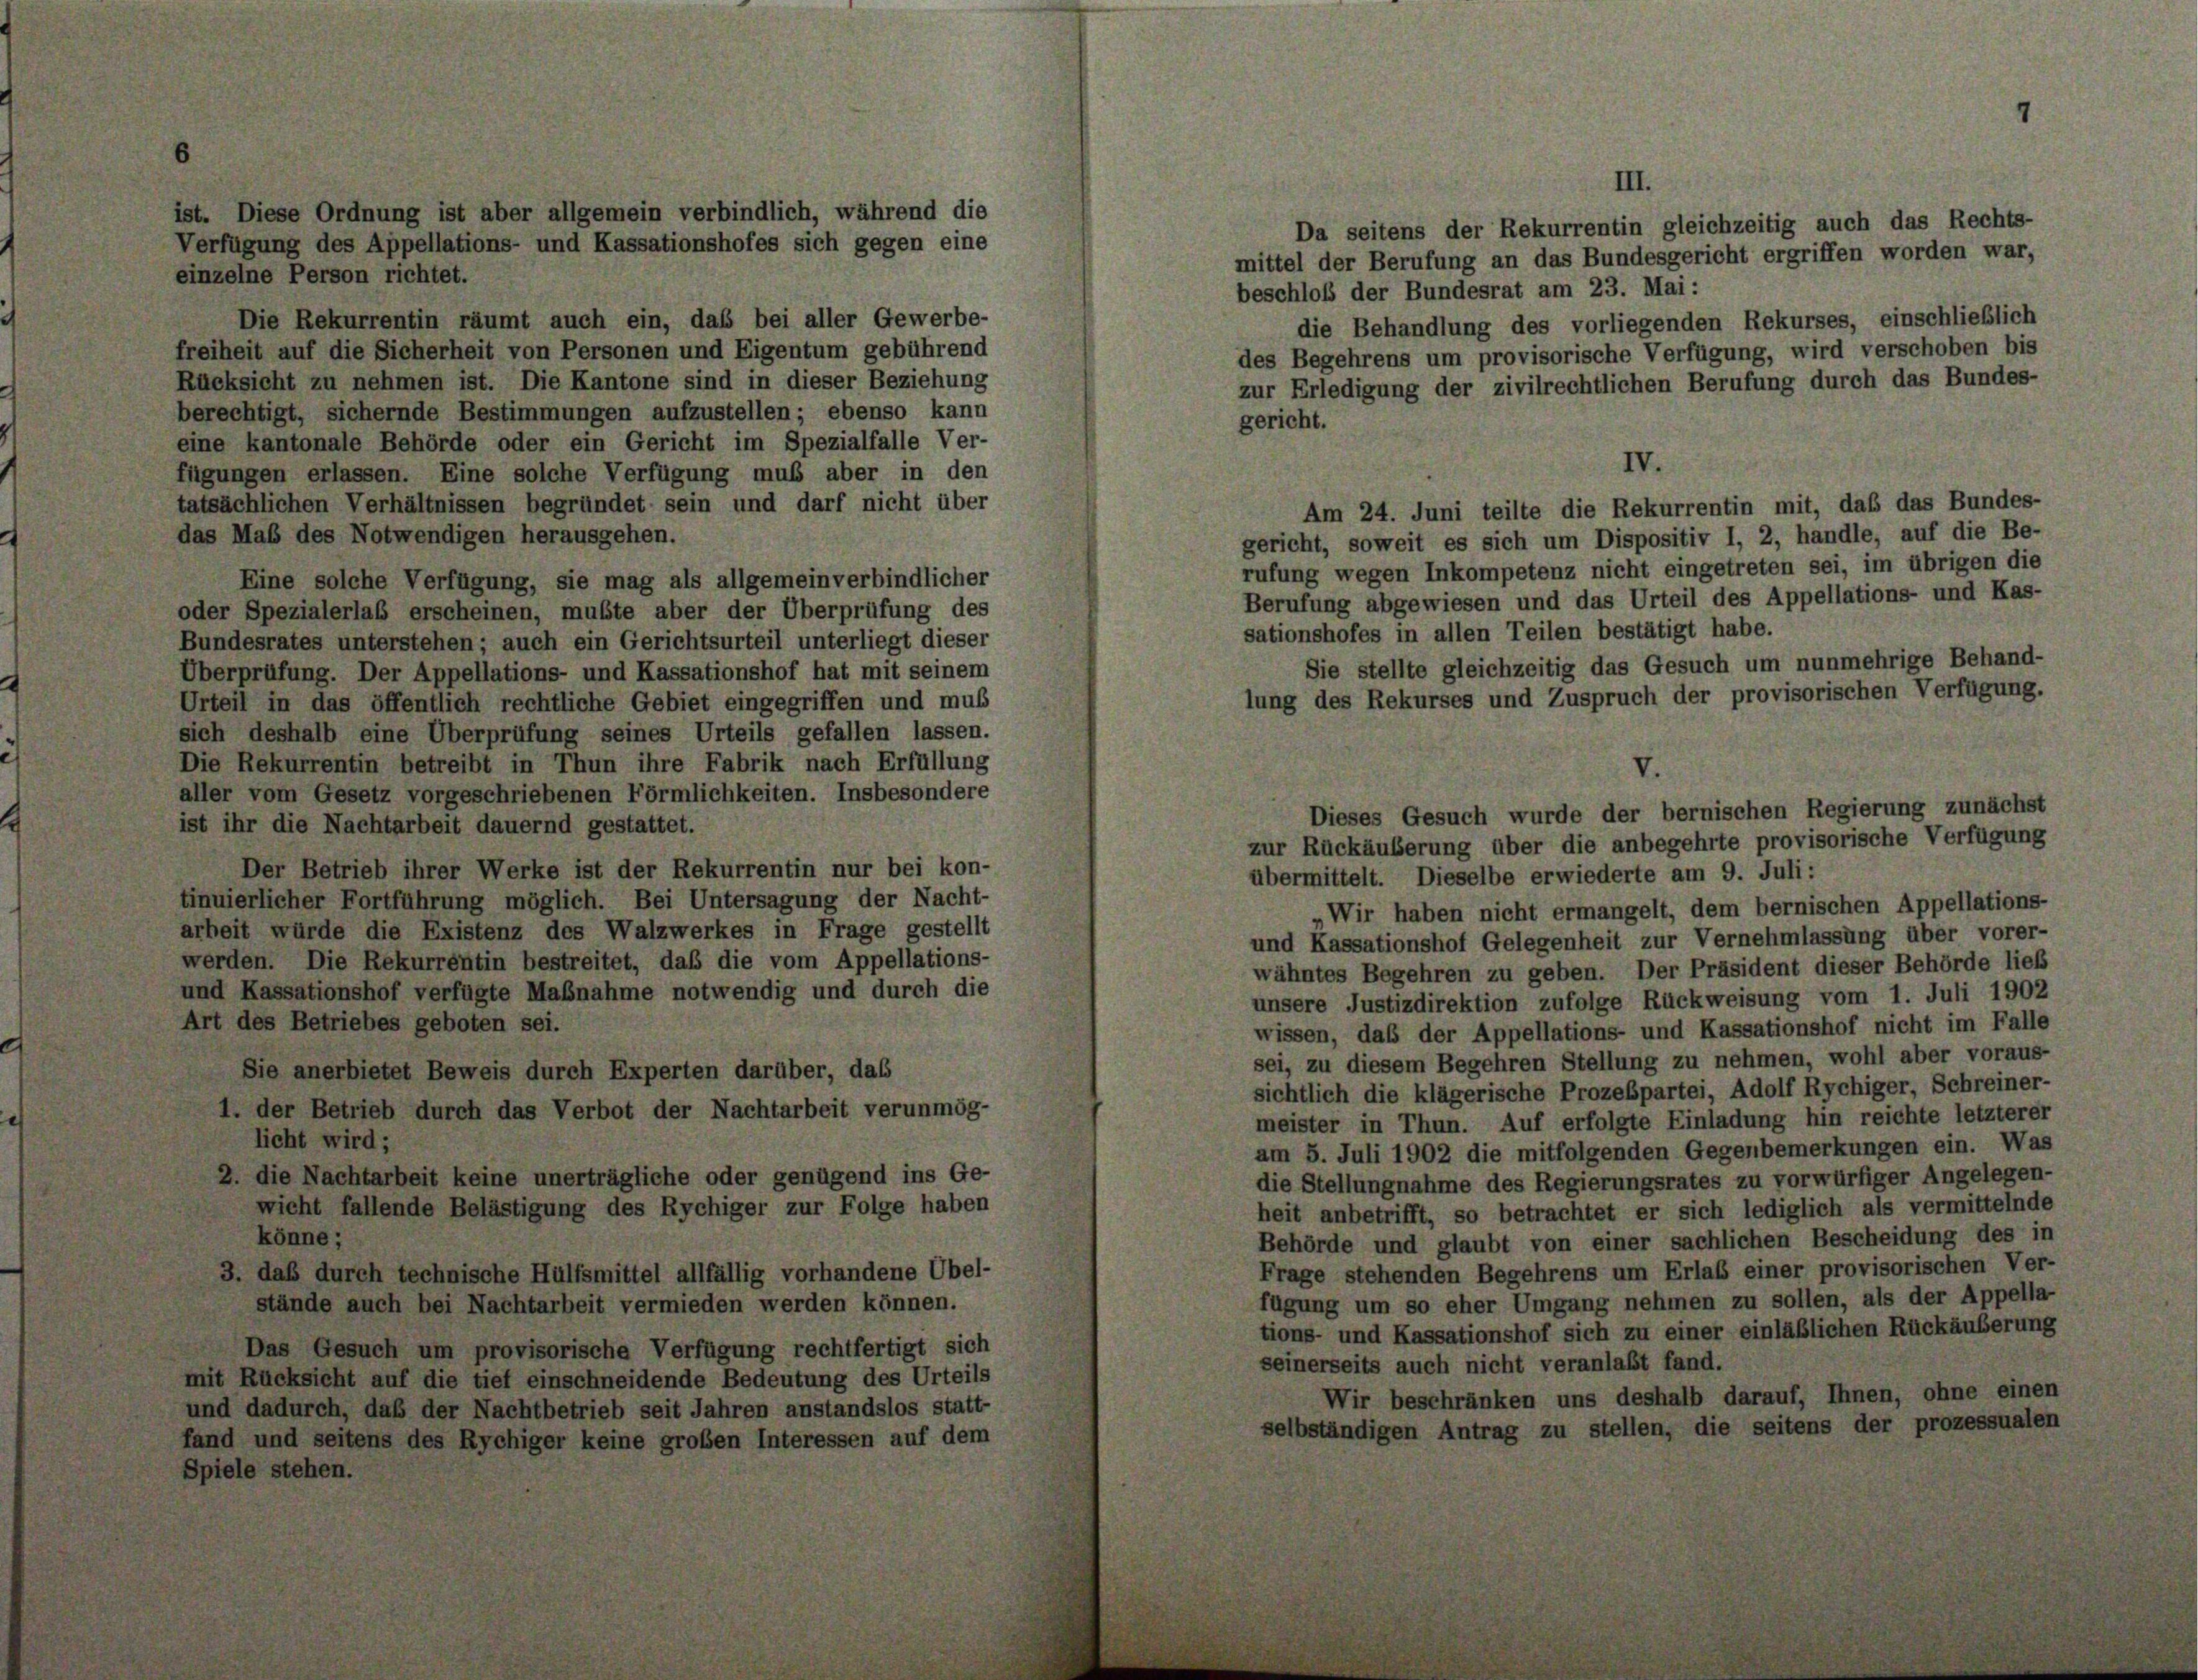
Da seitens der Rekurrentin gleichzeitig auch das Rechts-
mittel der Berufung an das Bundesgericht ergriffen worden war,
einzelne Person richtet.
beschloß der Bundesrat am 23. Mai:
Die Rekurrentin räumt auch ein, daß bei aller Gewerbe-
die Behandlung des vorliegenden Rekurses, einschließlich
freiheit auf die Sicherheit von Personen und Eigentum gebührend
des Begehrens um provisorische Verfügung, wird verschoben bis
Rücksicht zu nehmen ist. Die Kantone sind in dieser Beziehung
zur Erledigung der zivilrechtlichen Berufung durch das Bundes-
berechtigt, sichernde Bestimmungen aufzustellen; ebenso kann
gericht.
eine kantonale Behörde oder ein Gericht im Spezialfalle Ver-
IV.
fügungen erlassen. Eine solche Verfügung muß aber in den
tatsächlichen Verhältnissen begründet sein und darf nicht über
Am 24. Juni teilte die Rekurrentin mit, daß das Bundes-
das Mab des Notwendigen herausgehen.
gericht, soweit es sich um Dispositiv I, 2, handle, auf die Be-
rufung wegen Inkompetenz nicht eingetreten sei, im übrigen die
Eine solche Verfügung, sie mag als allgemeinverbindlicher
Berufung abgewiesen und das Urteil des Appellations- und Kas-
oder Spezialerlaß erscheinen, mußte aber der Überprüfung des
sationshofes in allen Teilen bestätigt habe.
Bundesrates unterstehen; auch ein Gerichtsurteil unterliegt dieser
Sie stellte gleichzeitig das Gesuch um nunmehrige Behand-
Überprüfung. Der Appellations- und Kassationshof hat mit seinem
lung des Rekurses und Zuspruch der provisorischen Verfügung.
Urteil in das öffentlich rechtliche Gebiet eingegriffen und mus
sich deshalb eine Überprüfung seines Urteils gefallen lassen.
Die Rekurrentin betreibt in Thun ihre Fabrik nach Erfüllung
aller vom Gesetz vorgeschriebenen Förmlichkeiten. Insbesondere
Dieses Gesuch wurde der bernischen Regierung zunächst
ist ihr die Nachtarbeit dauernd gestattet.
zur Rückäuberung über die anbegehrte provisorische Verfügung
Der Betrieb ihrer Werke ist der Rekurrentin nur bei kon-
übermittelt. Dieselbe erwiederte am 9. Juli:
tinuierlicher Fortführung möglich. Bei Untersagung der Nacht-
Wir haben nicht ermangelt, dem bernischen Appellations-
arbeit würde die Existenz des Walzwerkes in Frage gestellt
und Kassationshof Gelegenheit zur Vernehmlassung über vorer-
werden. Die Rekurrentin bestreitet, daß die vom Appellations-
wähntes Begehren zu geben. Der Präsident dieser Behörde ließ
und Kassationshof verfügte Maßnahme notwendig und durch die
unsere Justizdirektion zufolge Rückweisung vom 1. Juli 1902
Art des Betriebes geboten sei.
wissen, daß der Appellations- und Kassationshof nicht im Falle
sei, zu diesem Begehren Stellung zu nehmen, wohl aber voraus-
Sie anerbietet Beweis durch Experten darüber, das
sichtlich die klägerische Prozespartei, Adolf Rychiger, Schreiner-
1. der Betrieb durch das Verbot der Nachtarbeit verunmög-
meister in Thun. Auf erfolgte Einladung hin reichte letzterer
licht wird;
am 5. Juli 1902 die mitfolgenden Gegenbemerkungen ein. Was
2. die Nachtarbeit keine unerträgliche oder genügend ins Ge-
die Stellungnahme des Regierungsrates zu vorwürfiger Angelegen-
wicht fallende Belästigung des Rychiger zur Folge haben
heit anbetrifft, so betrachtet er sich lediglich als vermittelnde
könne;
Behörde und glaubt von einer sachlichen Bescheidung des in
Frage stehenden Begehrens um Erlaß einer provisorischen Ver-
3. daß durch technische Hülfsmittel allfällig vorhandene Übel-
fügung um so eher Umgang nehmen zu sollen, als der Appella-
stände auch bei Nachtarbeit vermieden werden können.
tions- und Kassationshof sich zu einer einläßlichen Rückäuberung
Das Gesuch um provisorische Verfügung rechtfertigt sich
seinerseits auch nicht veranlaßt fand.
mit Rücksicht auf die tief einschneidende Bedeutung des Urteils
Wir beschränken uns deshalb darauf, Ihnen, ohne einen
und dadurch, daß der Nachtbetrieb seit Jahren anstandslos statt-
selbständigen Antrag zu stellen, die seitens der prozessualen
fand und seitens des Rychiger keine großen Interessen auf dem
Spiele stehen.

ist. Diese Ordnung ist aber allgemein verbindlich, während die
Verfügung des Appellations- und Kassationshofes sich gegen eine